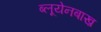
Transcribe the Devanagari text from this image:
ब्लूयेनबाख़